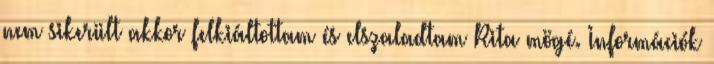
nem sikerült akkor felkiáltottam és elszaladtam Rita mögé. Információk